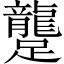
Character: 𨇘